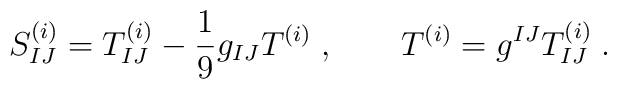
S^{(i)}_{IJ}=T^{(i)}_{IJ}-\frac{1}{9}g_{IJ}T^{(i)}\;,\qquad T^{(i)}=g^{IJ}T^{(i)}_{IJ}\; .